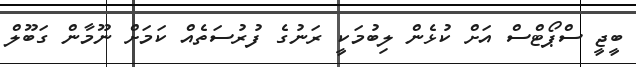
ބީޖީ ސްޕޯޓްސް އަށް ކުޅެން ލިބުމަކީ ރަނުގެ ފުރުސަތެއް ކަމަށް ނޫމާން ގަބޫލް